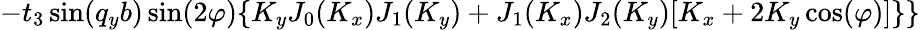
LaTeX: -t_{3}\sin(q_{y}b)\sin(2\varphi)\{ K_{y}J_{0}(K_{x})J_{1}(K_{y})+J_{1}(K_{x})J_{2}(K_{y})[K_{x}+2K_{y}\cos(\varphi)]\} \}